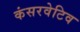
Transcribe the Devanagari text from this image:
कंसरवेटिव